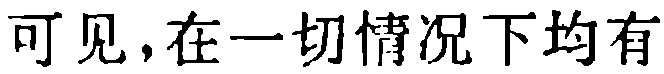
可见，在一切情况下均有